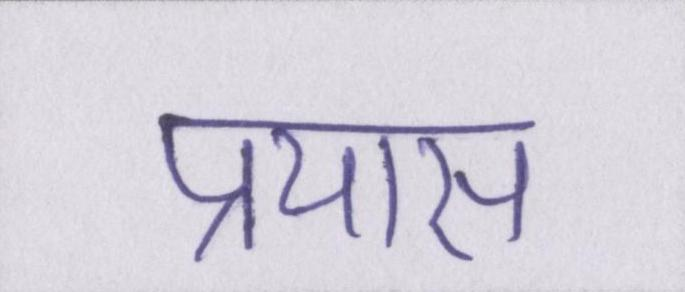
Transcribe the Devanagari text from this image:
प्रयास